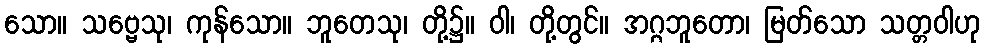
သော။ သဗ္ဗေသု၊ ကုန်သော။ ဘူတေသု၊ တို့၌။ ဝါ၊ တို့တွင်။ အဂ္ဂဘူတော၊ မြတ်သော သတ္တဝါဟု